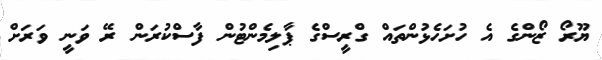
ޔޫރޯ ޒޯންގެ އެ ހުށަހެޅުންތައް ގްރީސްގެ ޕާލިމެންޓުން ފާސްކުރަން ރޭ ވަނީ ވަރަށް